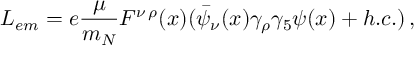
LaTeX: L _ { e m } = e \frac { \mu } { m _ { N } } F ^ { \nu \, \rho } ( x ) ( \bar { \psi } _ { \nu } ( x ) \gamma _ { \rho } \gamma _ { 5 } \psi ( x ) + h . c . ) \, ,